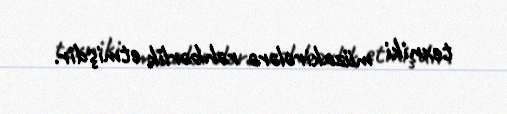
texniki müzakirələrə rəhbərlik etmişdir.